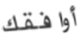
أوافقك